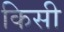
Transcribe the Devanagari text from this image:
किसी